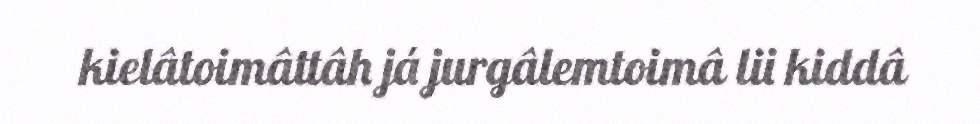
kielâtoimâttâh já jurgâlemtoimâ lii kiddâ